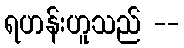
ရဟန်းဟူသည် --